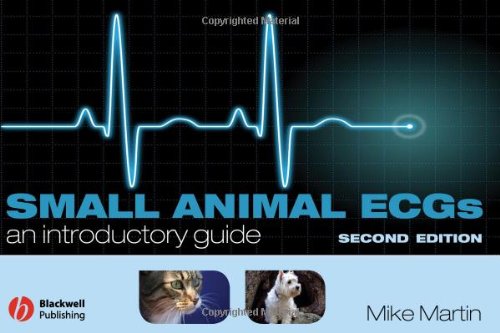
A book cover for Small Animal ECGs: An Introductory Guide; Mike Martin; Medical Books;